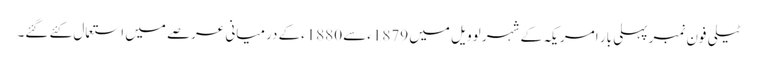
ٹیلی فون نمبر پہلی بار امریکہ کے شہر لوویل میں 1879ءسے 1880ءکے درمیانی عرصے میں استعمال کئے گئے۔